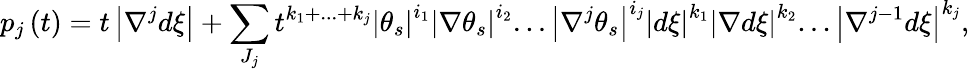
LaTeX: p_{j}\left(t\right)=t\left\vert\nabla^{j}d\xi\right\vert+\sum_{J_{j}}t^{k_{1}+...+k_{j}}\left\vert\theta_{s}\right\vert^{i_{1}}\left\vert\nabla\theta_{s}\right\vert^{i_{2}}...\left\vert\nabla^{j}\theta_{s}\right\vert^{i_{j}}\left\vert d\xi\right\vert^{k_{1}}\left\vert\nabla d\xi\right\vert^{k_{2}}...\left\vert\nabla^{j-1}d\xi\right\vert^{k_{j}},